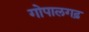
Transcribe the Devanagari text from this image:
गोपालगढ़